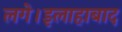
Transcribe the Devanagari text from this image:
लगे।इलाहाबाद